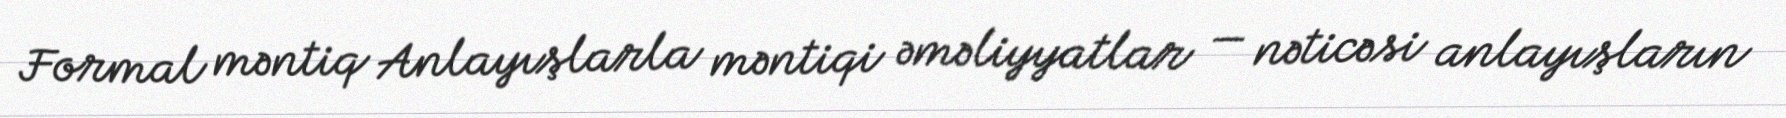
Formal məntiq Anlayışlarla məntiqi əməliyyatlar — nəticəsi anlayışların